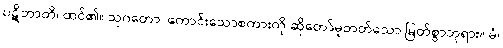
ပဋိဘာတိ၊ ထင်၏။ သုဂတော၊ ကောင်းသောစကားကို ဆိုတော်မူတတ်သော မြတ်စွာဘုရား။ မံ၊